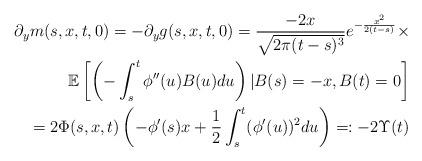
LaTeX: \begin{align*}\partial_y m(s,x,t,0)=-\partial_y g(s,x,t,0)=\frac{-2x}{\sqrt{2\pi (t-s)^3}}e^{-\frac{x^2}{2(t-s)}}\times \\\mathbb{E}\left[ \left (-\int_{s}^{t} \phi''(u)B(u)du \right ) \vert B(s)=-x,B(t)=0 \right]\\=2\Phi(s,x,t) \left (-\phi'(s)x + \frac{1}{2} \int_{s}^{t} (\phi'(u))^2 du \right )=:-2\Upsilon(t)\end{align*}